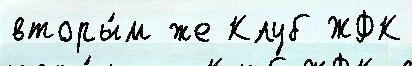
вторы́м же Клуб ЖФК